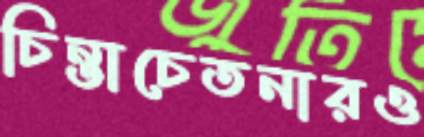
চিন্তাচেতনারও